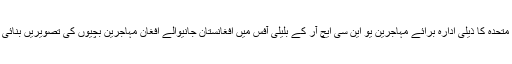
کوئٹہ : اقوام متحدہ کا ذیلی ادارہ برائے مہاجرین یو این سی ایچ آر کے بلیلی آفس میں افغانستان جانیوالے افغان مہاجرین بچیوں کی تصویریں بنائی جا رہی ہیں۔